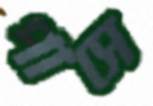
পাসে